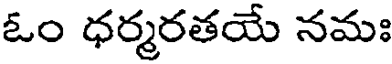
ఓం ధర్మరతయే నమః